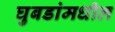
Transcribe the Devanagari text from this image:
घुबडांमधील